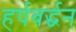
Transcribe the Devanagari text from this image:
हर्षबर्द्धन